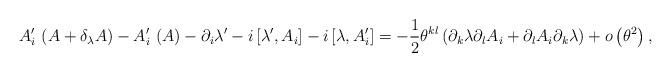
LaTeX: \begin{align*}A_{i}^{\prime }\,\left( A+\delta _{\lambda }A\right) -A_{i}^{\prime}\,\left( A\right) -\partial _{i}\lambda ^{\prime }-i\left[ \lambda ^{\prime},A_{i}\right] -i\left[ \lambda ,A_{i}^{\prime }\right] =-\frac{1}{2}\theta^{kl}\left( \partial _{k}\lambda \partial _{l}A_{i}+\partial_{l}A_{i}\partial _{k}\lambda \right) +o \left( \theta ^{2}\right) ,\end{align*}